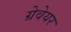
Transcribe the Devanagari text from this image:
ग्रेवेयर